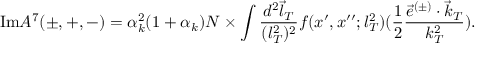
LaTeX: \mathrm { I m } { \cal A } ^ { 7 } ( \pm , + , - ) = \alpha _ { k } ^ { 2 } ( 1 + \alpha _ { k } ) { \cal N } \times \int \frac { d ^ { 2 } \vec { l } _ { T } } { ( l _ { T } ^ { 2 } ) ^ { 2 } } f ( x ^ { \prime } , x ^ { \prime \prime } ; l _ { T } ^ { 2 } ) ( \frac { 1 } { 2 } \frac { \vec { e } ^ { ( \pm ) } \cdot \vec { k } _ { T } } { k _ { T } ^ { 2 } } ) .